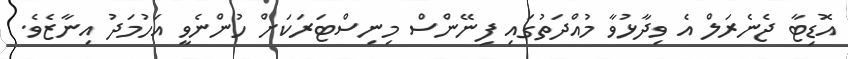
އޮޑިޓާ ޖެނެރަލް އެ ވިދާޅުވާ މުއްދަތުގައި ފިނޭންސް މިނިސްޓަރަކަށް ހުންނެވީ އަހުމަދު އިނާޒެވެ.